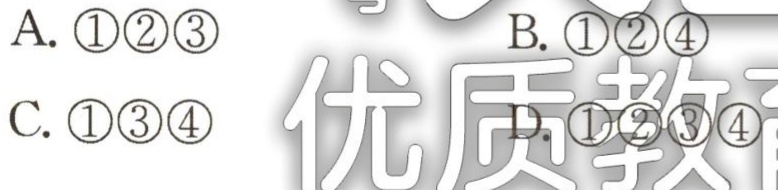
A. \textcircled{1}\textcircled{2}\textcircled{3}

B. \textcircled{1}\textcircled{2}\textcircled{4}

C. \textcircled{1}\textcircled{3}\textcircled{4}

D. \textcircled{1}\textcircled{2}\textcircled{3}\textcircled{4}